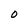
Character: O